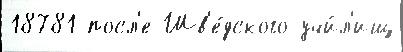
18781 посл'е Шв'е́дского учи́л'ищ